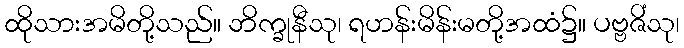
ထိုသားအမိတို့သည်။ ဘိက္ခုနီသု၊ ရဟန်းမိန်းမတို့အထံ၌။ ပဗ္ဗဇိံသု၊